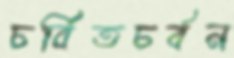
চর্বিতচর্বন